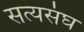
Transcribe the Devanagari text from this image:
सत्यसंघ